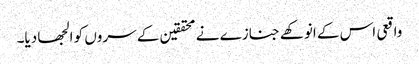
واقعی اس کے انوکھے جنازے نے محققین کے سروں کو الجھا دیا۔